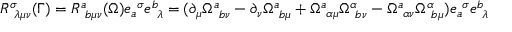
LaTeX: \bar { R } _ { ~ \lambda \mu \nu } ^ { \sigma } ( \bar { \Gamma } ) = \bar { R } _ { ~ b \mu \nu } ^ { a } ( \bar { \Omega } ) e _ { a } ^ { ~ \sigma } e _ { ~ \lambda } ^ { b } = ( \partial _ { \mu } \bar { \Omega } _ { ~ b \nu } ^ { a } - \partial _ { \nu } \bar { \Omega } _ { ~ b \mu } ^ { a } + \bar { \Omega } _ { ~ \alpha \mu } ^ { a } \bar { \Omega } _ { ~ b \nu } ^ { \alpha } - \bar { \Omega } _ { ~ \alpha \nu } ^ { a } \bar { \Omega } _ { ~ b \mu } ^ { \alpha } ) e _ { a } ^ { ~ \sigma } e _ { ~ \lambda } ^ { b }